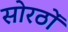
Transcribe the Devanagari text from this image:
सोरठों